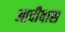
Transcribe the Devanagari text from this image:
आदीवास